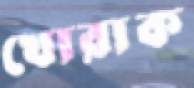
খোরাক